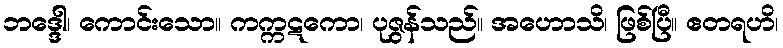
ဘဒ္ဒေါ၊ ကောင်းသော။ ကက္ကဋကော၊ ပုဇွန်သည်။ အဟောသိ၊ ဖြစ်ပြီ။ ဧတရဟိ၊